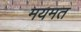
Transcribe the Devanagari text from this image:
मयमत